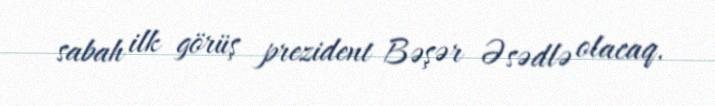
sabah ilk görüş prezident Bəşər Əsədlə olacaq.